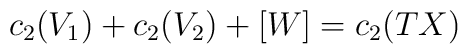
c_{2}(V_{1}) + c_{2}(V_{2}) +[W]= c_{2}(TX)